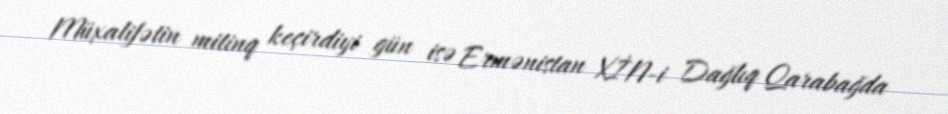
Müxalifətin mitinq keçirdiyi gün isə Ermənistan XİN-i Dağlıq Qarabağda